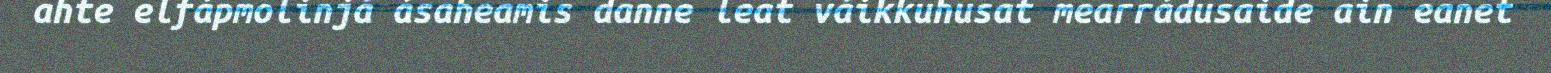
ahte elfápmolinjá ásaheamis danne leat váikkuhusat mearrádusaide ain eanet